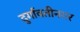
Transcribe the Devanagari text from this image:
दुर्गावतीनगर